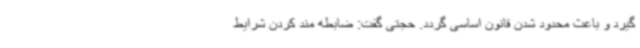
گیرد و باعث محدود شدن قانون اساسی گردد. حجتی گفت: ضابطه مند کردن شرایط